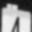
Digit: 4